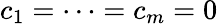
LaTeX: c_{1}=\cdots=c_{m}=0